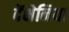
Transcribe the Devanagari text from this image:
देंक्षेनिया